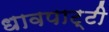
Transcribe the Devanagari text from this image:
धावपाट्टी